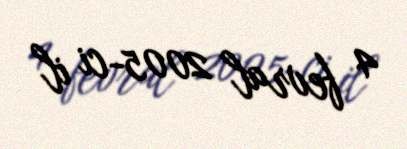
4 fevral 2005-ci il